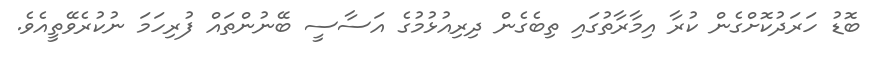
ބޮޑު ހަރަދުކޮށްގެން ކުރާ އިމާރާތުގައި ތިބެގެން ދިރިއުޅުމުގެ އަސާސީ ބޭނުންތައް ފުރިހަމަ ނުކުރެވޭތީއެވެ.